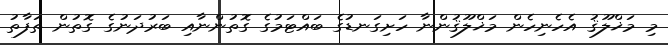
މި މަޚްލޫޤު އެހެނިހެން މަޚްލޫޤުންނާ ހަށިގަނޑުގެ ބައްޓަމުގެ ގޮތުންނާއި ބަރުދަނުގެ ގޮތުން ތަފާތު